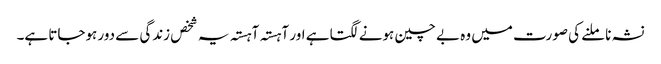
نشہ نا ملنے کی صورت میں وہ بے چین ہونے لگتا ہے اور آہستہ آہستہ یہ شخص زندگی سے دور ہوجاتا ہے۔